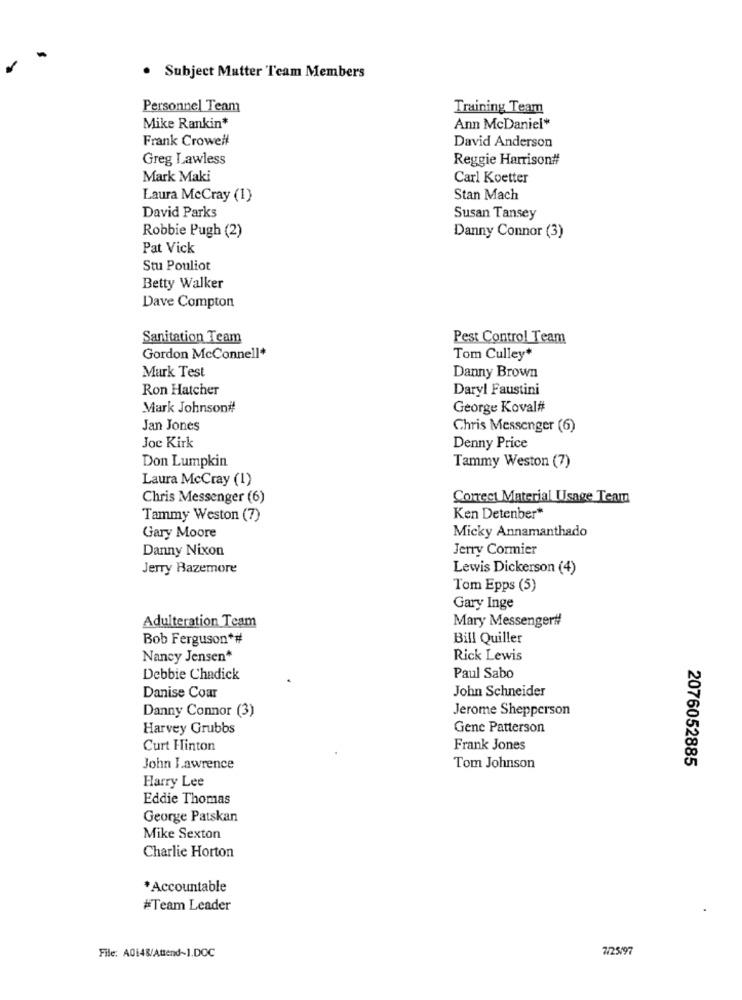
. Subject Matter Team Members
Personnel Team
Training Team
Mike Rankin*
Ann McDaniel*
Frank Crowell
David Anderson
Greg Lawless
Reggie Harrison#
Mark Maki
Carl Koetter
Laura McCray (1)
Stan Mach
David Parks
Susan Tansey
Robbie Pugh (2)
Danny Connor (3)
Pat Vick
Stu Pouliot
Betty Walker
Dave Compton
Sanitation Team
Pest Control Team
Gordon McConnell*
Tom Culley*
Mark Test
Danny Brown
Ron Hatcher
Daryl Faustini
Mark Johnson#!
George Koval#
Jan Jones
Chris Messenger (6)
Joe Kirk
Denny Price
Don Lumpkin
Tammy Weston (7)
Laura McCray (1)
Chris Messenger (6)
Correct Material Usage Team
Tammy Weston (7)
Ken Detenber*
Gary Moore
Micky Annamanthado
Danny Nixon
Jerry Cormier
Jerry Bazemore
Lewis Dickerson (4)
Tom Epps (5)
Gary Inge
Adulteration Team
Mary Messenger#
Bob Ferguson*#
Bill Quiller
Nancy Jensen*
Rick Lewis
Debbie Chadick
Paul Sabo
John Schneider
Danise Coar
Danny Connor (3)
Jerome Shepperson
Harvey Grubbs
Gene Patterson
Curt Hinton
Frank Jones
2076052885
John Lawrence
Tom Johnson
Harry Lee
Eddie Thomas
George Patskan
Mike Sexton
Charlie Horton
*Accountable
#Team Leader
File: A0:48/Attend~1.DOC
7/25/97